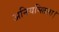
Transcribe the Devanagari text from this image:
अनियमितता।